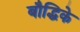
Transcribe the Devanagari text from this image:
बौद्धिके